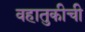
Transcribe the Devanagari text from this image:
वहातुकीची